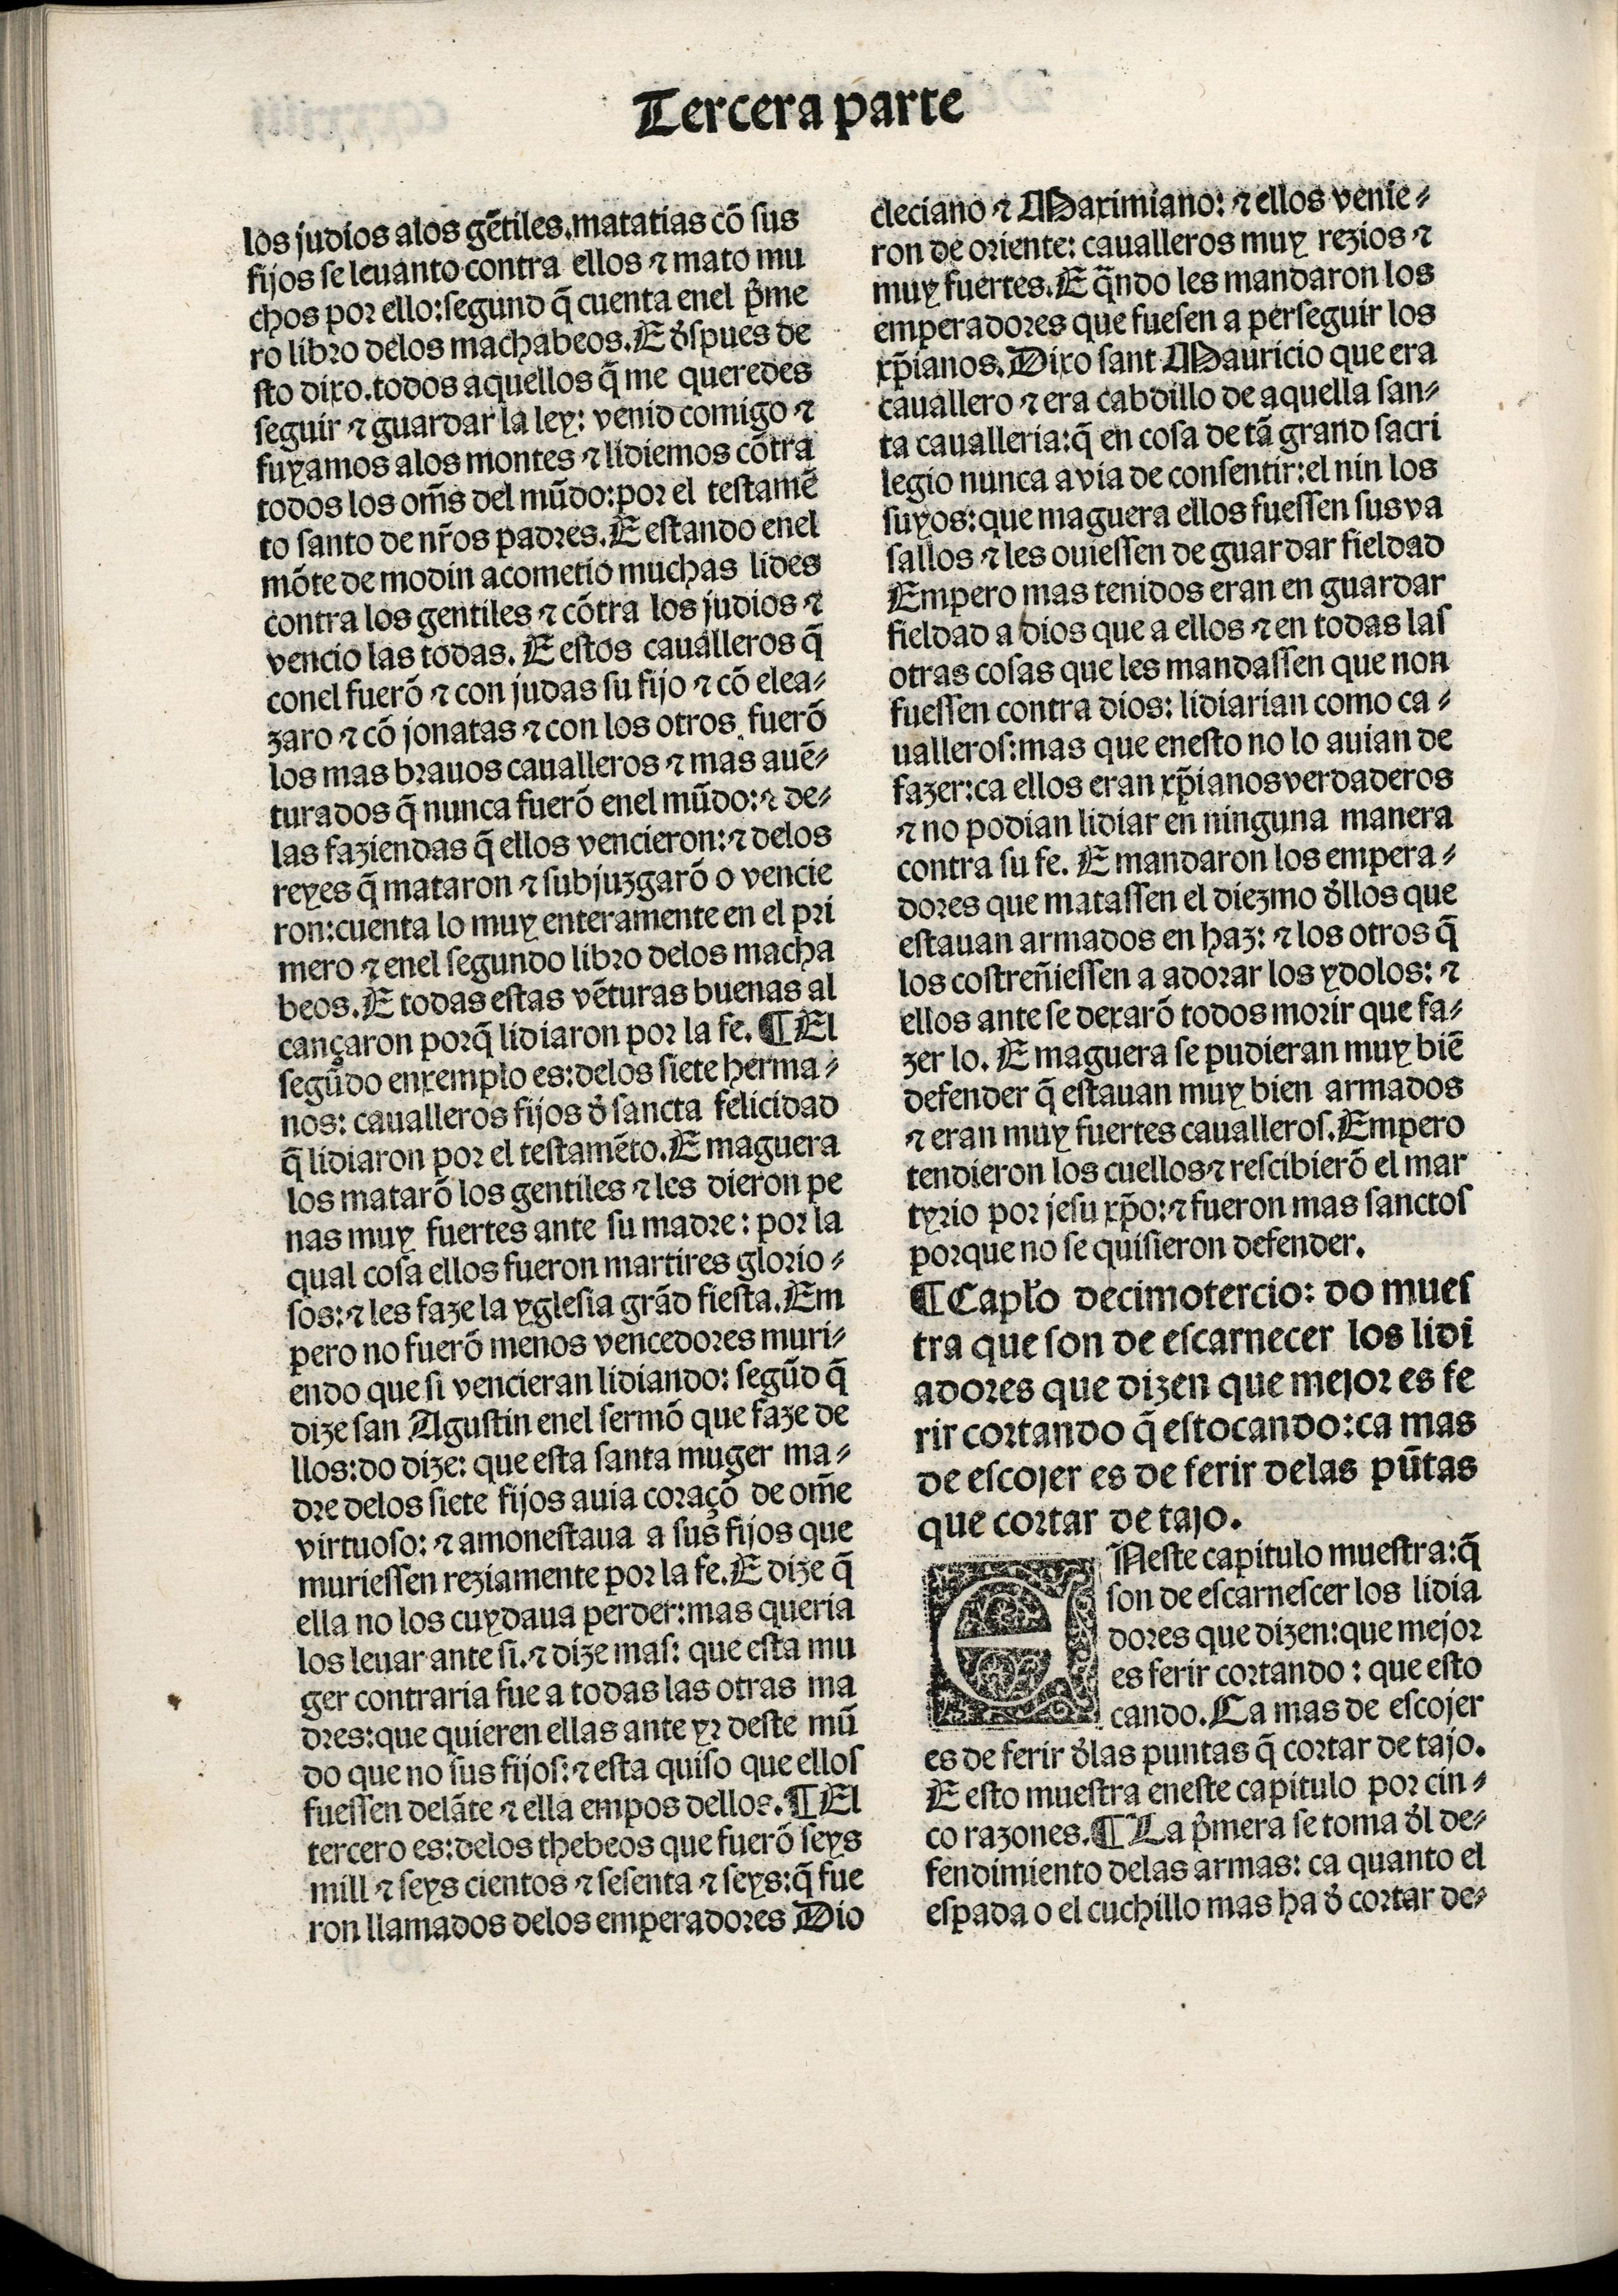
Shelfmark: Madrid, BNE, Inc. 901
Century: 15